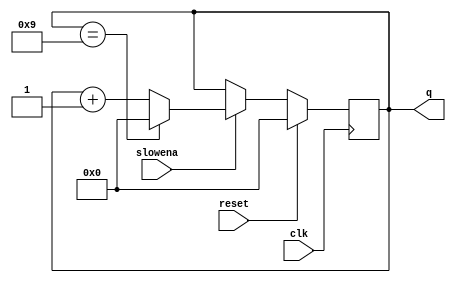
module top_module (
    input clk,
    input slowena,
    input reset,
    output [3:0] q);
    always @(posedge clk)begin
        if(reset)
            q <=0;
        else if(slowena)begin
            if(q==4'd9)
                q<=0;
            else
                q <=q+1;
        end
    end
endmodule